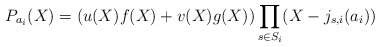
\begin{align*}P_{a_i}(X) = (u(X) f(X) + v(X) g(X))\prod_{s\in S_i}(X - j_{s,i}(a_i))\end{align*}